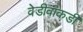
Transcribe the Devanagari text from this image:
वेडीवांकडी